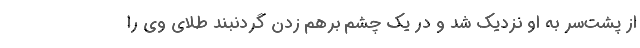
از پشت‌سر به او نزدیک شد و در یک چشم برهم زدن گردنبند طلای وی را